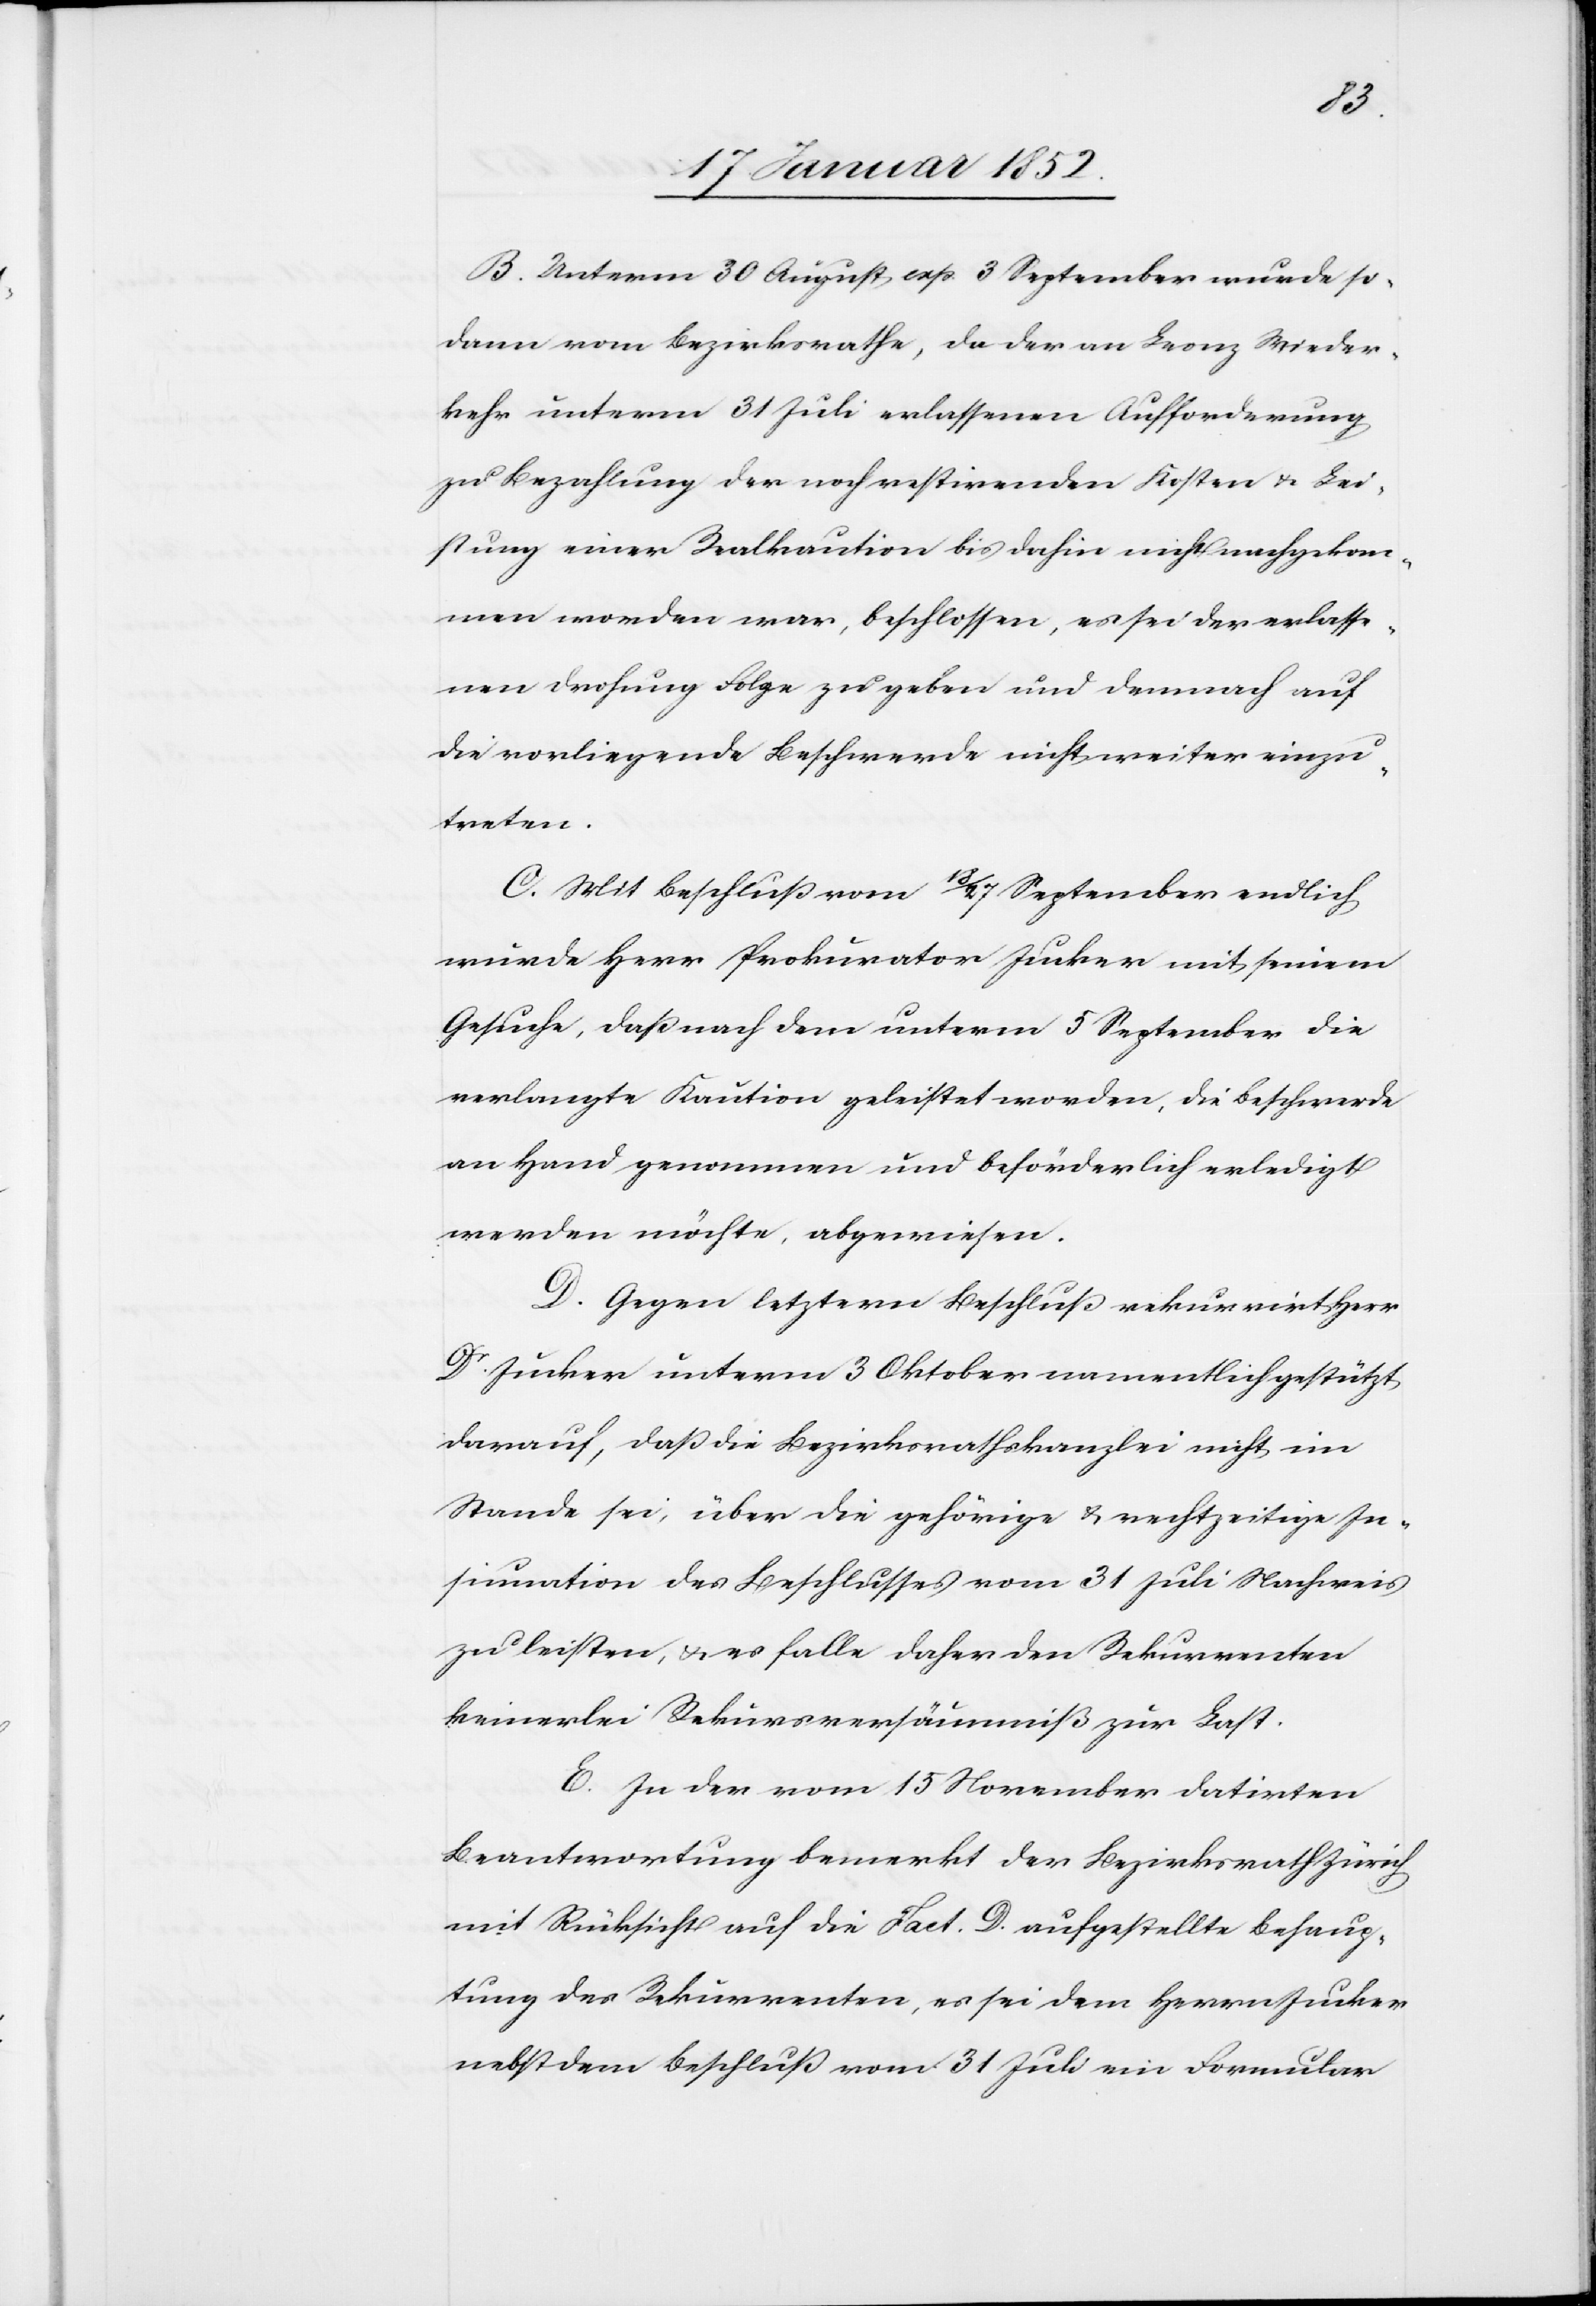
B. Unterm 30 August, exp. 3 September wurde so¬
dann vom Bezirksrathe, da der an Leonz Wieder¬
kehr unterm 31 Juli erlassenen Aufforderung
zu Bezahlung der noch restirenden Kosten u. Lei¬
stung einer Realcaution bis dahin nicht nachgekom¬
men worden war, beschlossen, es sei der erlasse¬
nen Drohung Folge zu geben und demnach auf
die vorliegende Beschwerde nicht weiter einzu¬
treten.
C. Mit Beschluß vom 18/27 September endlich
wurde Herr Prokurator Jucker mit seinem
Gesuche, daß nach dem unterm 5 September die
verlangte Kaution geleistet worden, die Beschwerde
an Hand genommen und beförderlich erledigt
werden möchte, abgewiesen.
D. Gegen letztern Beschluß rekurrirt Herr
Dr. Jucker unterm 3 Oktober namentlich gestützt
darauf, daß die Bezirksrathskanzlei nicht im
Stande sei, über die gehörige u. rechtzeitige In¬
sinuation des Beschlusses vom 31 Juli Nachweis
zu leisten, u. es falle daher den Rekurrenten
keinerlei Rekursversäumniß zur Last.
E. In der vom 15 November datirten
Beantwortung bemerkt der Bezirksrath Zürich
mit Rücksicht auf die Fact. D [sic!] aufgestellte Behaup¬
tung der Rekurrenten, es sei dem Herrn Jucker
nebst dem Beschluß vom 31 Juli ein Formular